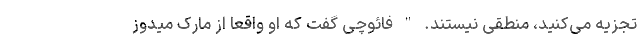
تجزیه می‌کنید، منطقی نیستند. " فائوچی گفت که او واقعاً از مارک میدوز